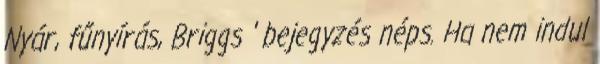
Nyár, fűnyírás, Briggs ' bejegyzés néps. Ha nem indul